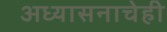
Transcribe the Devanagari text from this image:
अध्यासनाचेही